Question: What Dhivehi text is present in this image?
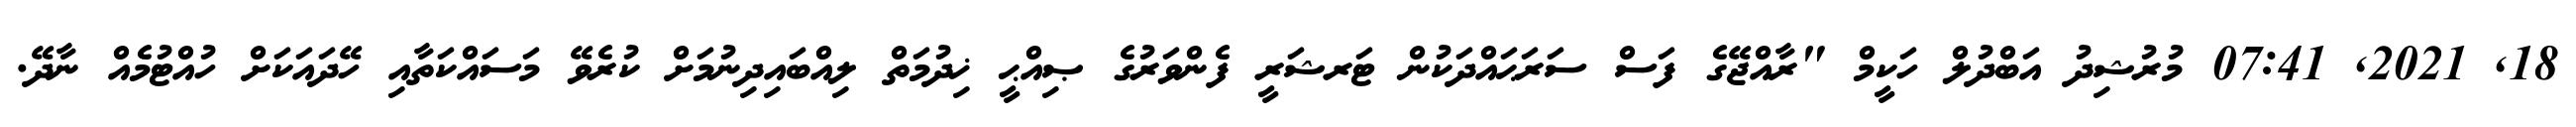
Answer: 18, 2021, 07:41 މުރުޝިދު އަބްދުލް ހަކީމް "ރާއްޖޭގެ ފަސް ސަރަޙައްދަކުން ޓަރޝަރީ ފެންވަރުގެ ޞިއްޙީ ޚިދުމަތް ލިއްބައިދިނުމަށް ކުރެވޭ މަސައްކަތާއި ހޭދައަކަށް ހުއްޓުމެއް ނާދޭ.